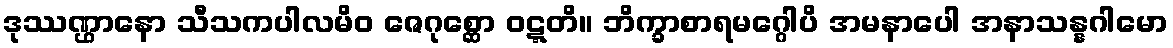
ဒုဿဏ္ဌာနော သီသကပါလမိဝ ဇေဂုစ္ဆော ဝဋ္ဋတိ။ ဘိက္ခာစာရမဂ္ဂေါပိ အမနာပေါ အနာသန္နဂါမော